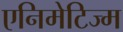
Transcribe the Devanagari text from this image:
एनिमेटिज्म